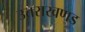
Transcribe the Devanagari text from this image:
उत्तराखणड